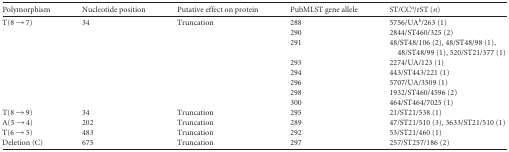
<table><thead><tr><td><b>Polymorphism</b></td><td><b>Nucleotide position</b></td><td><b>Putative effect on protein</b></td><td><b>PubMLST gene allele</b></td><td><b>ST/CC<sup><i>a</i></sup>/rST (<i>n</i>)</b></td></tr></thead><tbody><tr><td rowspan="8">T(8 → 7)</td><td rowspan="8">34</td><td rowspan="8">Truncation</td><td>288</td><td>5756/UA<sup><i>b</i></sup>/263 (1)</td></tr><tr><td>290</td><td>2844/ST460/325 (2)</td></tr><tr><td>291</td><td>48/ST48/106 (2), 48/ST48/98 (1), 48/ST48/99 (1), 520/ST21/377 (1)</td></tr><tr><td>293</td><td>2274/UA/123 (1)</td></tr><tr><td>294</td><td>443/ST443/221 (1)</td></tr><tr><td>296</td><td>5707/UA/3509 (1)</td></tr><tr><td>298</td><td>1932/ST460/4596 (2)</td></tr><tr><td>300</td><td>464/ST464/7025 (1)</td></tr><tr><td>T(8 → 9)</td><td>34</td><td>Truncation</td><td>295</td><td>21/ST21/538 (1)</td></tr><tr><td>A(5 → 4)</td><td>202</td><td>Truncation</td><td>289</td><td>47/ST21/510 (3), 3633/ST21/510 (1)</td></tr><tr><td>T(6 → 5)</td><td>483</td><td>Truncation</td><td>292</td><td>53/ST21/460 (1)</td></tr><tr><td>Deletion (C)</td><td>675</td><td>Truncation</td><td>297</td><td>257/ST257/186 (2)</td></tr></tbody></table>